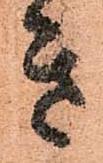
き